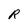
Character: R